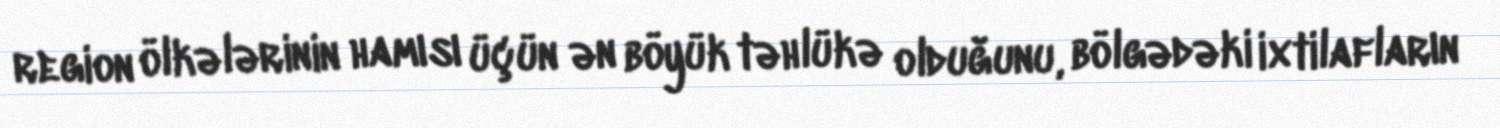
region ölkələrinin hamısı üçün ən böyük təhlükə olduğunu, bölgədəki ixtilafların